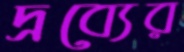
দ্রব্যের